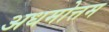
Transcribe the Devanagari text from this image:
अधमोत्तम